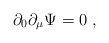
\begin{align*}\partial_0 \partial_\mu \Psi = 0 \ , \end{align*}